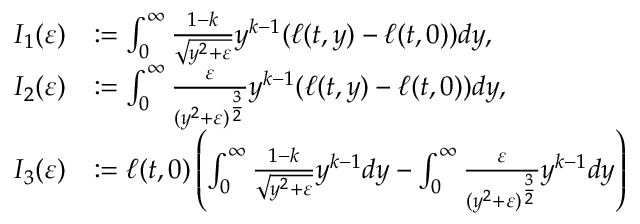
\begin{array} { r l } { I _ { 1 } ( \varepsilon ) } & { : = \int _ { 0 } ^ { \infty } \frac { 1 - k } { \sqrt { y ^ { 2 } + \varepsilon } } y ^ { k - 1 } ( \ell ( t , y ) - \ell ( t , 0 ) ) d y , } \\ { I _ { 2 } ( \varepsilon ) } & { : = \int _ { 0 } ^ { \infty } \frac { \varepsilon } { ( y ^ { 2 } + \varepsilon ) ^ { \frac { 3 } { 2 } } } y ^ { k - 1 } ( \ell ( t , y ) - \ell ( t , 0 ) ) d y , } \\ { I _ { 3 } ( \varepsilon ) } & { : = \ell ( t , 0 ) \left( \int _ { 0 } ^ { \infty } \frac { 1 - k } { \sqrt { y ^ { 2 } + \varepsilon } } y ^ { k - 1 } d y - \int _ { 0 } ^ { \infty } \frac { \varepsilon } { ( y ^ { 2 } + \varepsilon ) ^ { \frac { 3 } { 2 } } } y ^ { k - 1 } d y \right) } \end{array}